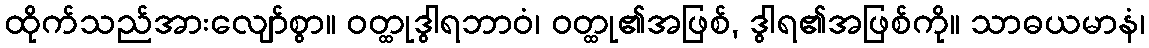
ထိုက်သည်အားလျော်စွာ။ ဝတ္ထုဒွါရဘာဝံ၊ ဝတ္ထု၏အဖြစ်, ဒွါရ၏အဖြစ်ကို။ သာဓယမာနံ၊